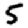
Digit: 5